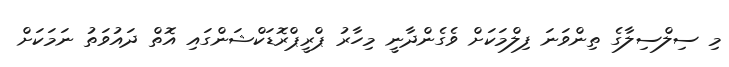
މި ސިލްސިލާގެ ތިންވަނަ ފިލްމަކަށް ވެގެންދާނީ މިހާރު ޕްރީޕްރޮޑަކްޝަންގައި އޮތް ދައުވަތު ނަމަކަށް